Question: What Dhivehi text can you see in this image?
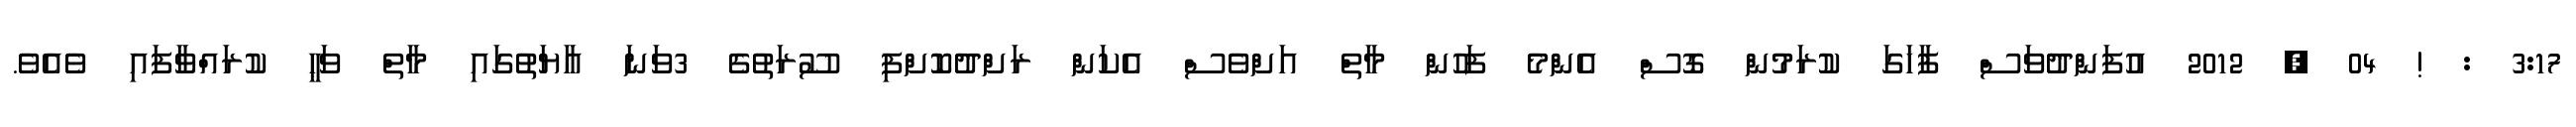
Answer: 3:17 : ! 04 , 2012 އުފަންދުވަސް ފާހަގަ ކުރަމުން ގޮސް އެންމެ ފަހުން މާތް އަށްވެސް އެކަން ރަށްދުކޮށްފި ސޫރަތުގެ 3ވަނަ އާޔަތުގައި މާތް ވަޙީ ކުރައްވާފައި ވެއެވެ.